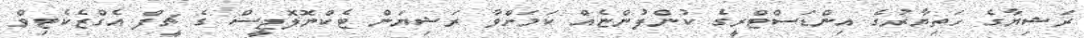
ރަޝިޔާގެ ހަތިޔާރުގެ އިންޑަސްޓްރީގެ ކުންފުންޏެއް ކަމަށްވާ ރަޝިޔަން ޓެކްނޮލޮޖީސް ގެ ޗީފް އެގްޒެކެޓިވް